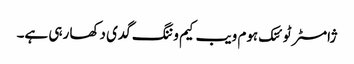
ژامسٹر ٹوئنک ہوم ویب کیم وننگ گدی دکھا رہی ہے۔